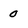
Character: 0